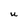
Character: U